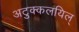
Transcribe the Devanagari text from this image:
अटुक्कलयिल्